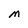
Character: M